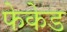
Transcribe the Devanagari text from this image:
फेकेड